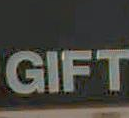
GIFT